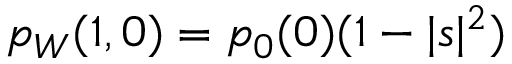
p _ { W } ( 1 , 0 ) = p _ { 0 } ( 0 ) ( 1 - | s | ^ { 2 } )